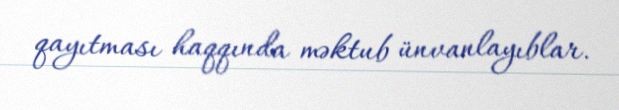
qayıtması haqqında məktub ünvanlayıblar.